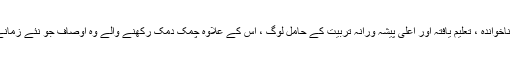
جیسے دیہی ، قصباتی اور شہری آبادی یا ناخواندہ ، تعلیم یافتہ اور اعلی پیشہ ورانہ تربیت کے حامل لوگ ، اس کے علاوہ چمک دمک رکھنے والے وہ اوصاف جو نئے زمانے میں کچھ زیادہ ہی پرکشش بن گئے ہیں ۔